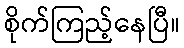
စိုက်ကြည့်နေပြီ။